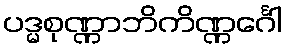
ပဒ္မစုဏ္ဏာဘိကိဏ္ဏင်္ဂေါ